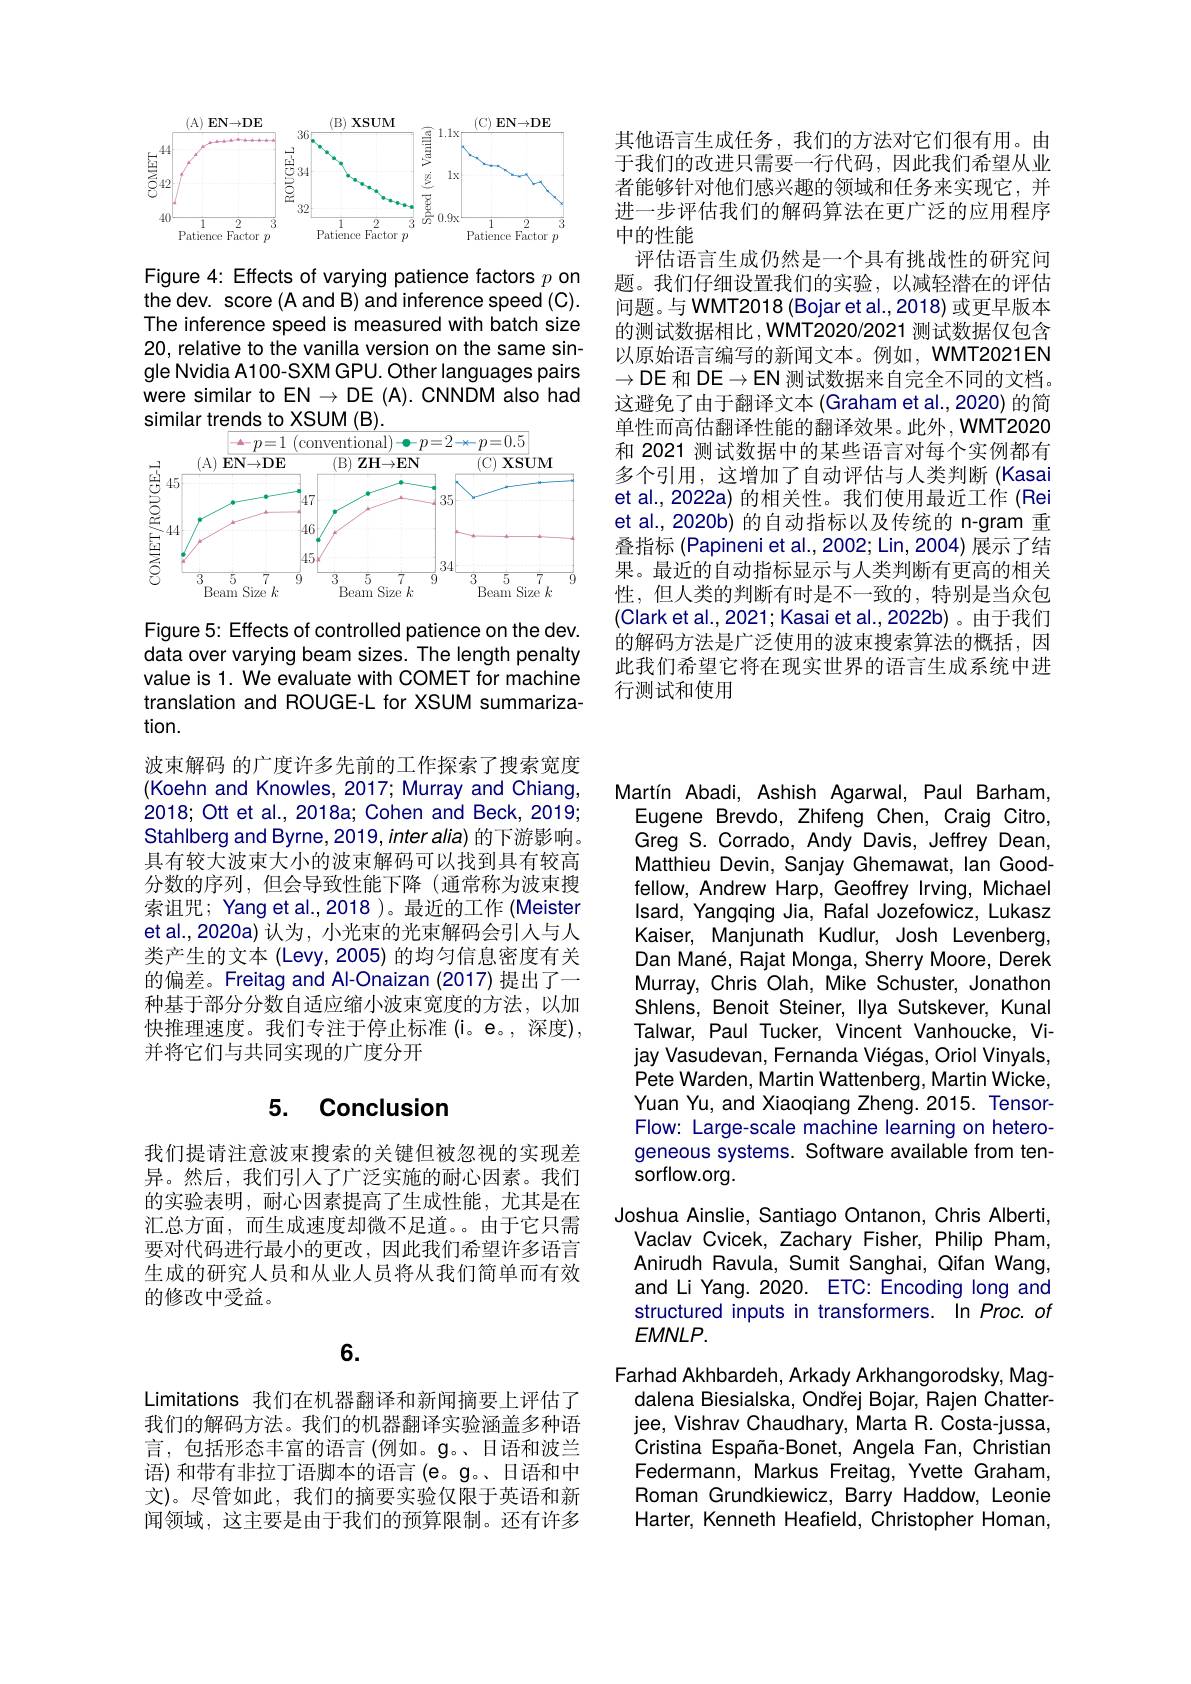
其他语言生成任务，我们的方法对它们很有用。由于我们的改进只需要一行代码，因此我们希望从业者能够针对他们感兴趣的领域和任务来实现它，并进一步评估我们的解码算法在更广泛的应用程序中的性能
评估语言生成仍然是一个具有挑战性的研究问题。我们仔细设置我们的实验，以减轻潜在的评估问题。与 WMT2018 (Bojar et al.,2018) 或更早版本的测试数据相比，WMT2020/2021 测试数据仅包含以原始语言编写的新闻文本。例如，WMT2021EN $\to$DE 和 DE$\to$EN 测试数据来自完全不同的文档。这避免了由于翻译文本 (Graham et al.,2020) 的简单性而高估翻译性能的翻译效果。此外，WMT2020和 2021 测试数据中的某些语言对每个实例都有多个引用，这增加了自动评估与人类判断(Kasai et al., 2022a) 的相关性。我们使用最近工作 (Rei et al.,2020b) 的自动指标以及传统的 n-gram 重叠指标 (Papineni et al., 2002; Lin, 2004) 展示了结果。最近的自动指标显示与人类判断有更高的相关性，但人类的判断有时是不一致的，特别是当众包(Clark et al., 2021; Kasai et al., 2022b)。由于我们的解码方法是广泛使用的波束搜索算法的概括，因此我们希望它将在现实世界的语言生成系统中进行测试和使用

<FigureHere>

Figure 4: Effects of varying patience factors $p$ on the dev. score (A and B) and inference speed (C). The inference speed is measured with batch size 20, relative to the vanilla version on the same single Nvidia A100-SXM GPU. Other languages pairs were similar to EN $\to$DE (A). CNNDM also had similar trends to XSUM (B)

<FigureHere>

Figure 5: Effects of controlled patience on the dev. data over varying beam sizes. The length penalty value is 1. We evaluate with COMET for machine translation and ROUGE-L for XSUM summarization.
波束解码 的广度许多先前的工作探索了搜索宽度(Koehn and Knowles, 2017; Murray and Chiang, 2018; Ott et al., 2018a; Cohen and Beck, 2019; Stahlberg and Byrne, 2019, inter alia) 的下游影响。具有较大波束大小的波束解码可以找到具有较高分数的序列，但会导致性能下降(通常称为波束搜索诅咒；Yang et al.,2018 )。最近的工作 (Meister et al.,2020a)认为，小光束的光束解码会引人与人类产生的文本(Levy,2005) 的均匀信息密度有关的偏差。Freitag and Al-Onaizan (2017) 提出了一种基于部分分数自适应缩小波束宽度的方法，以加快推理速度。我们专注于停止标准 (i。e。,深度), 并将它们与共同实现的广度分开

### 5. Conclusion

我们提请注意波束搜索的关键但被忽视的实现差异。然后，我们引人了广泛实施的耐心因素。我们的实验表明，耐心因素提高了生成性能，尤其是在汇总方面，而生成速度却微不足道。由于它只需要对代码进行最小的更改，因此我们希望许多语言生成的研究人员和从业人员将从我们简单而有效的修改中受益。

## 6.

Limitations 我们在机器翻译和新闻摘要上评估了我们的解码方法。我们的机器翻译实验涵盖多种语言，包括形态丰富的语言(例如。g。、日语和波兰语)和带有非拉丁语脚本的语言(e。g。、日语和中文)。尽管如此，我们的摘要实验仅限于英语和新闻领域，这主要是由于我们的预算限制。还有许多

Martín Abadi, Ashish Agarwal, Paul Barham, Eugene Brevdo, Zhifeng Chen, Craig Citro, Greg S. Corrado, Andy Davis, Jeffrey Dean, Matthieu Devin, Sanjay Ghemawat, lan Goodfellow, Andrew Harp, Geoffrey Irving, Michael Isard, Yangqing Jia, Rafal Jozefowicz, Lukasz Kaiser, Manjunath Kudlur, Josh Levenberg, Dan Mané, Rajat Monga, Sherry Moore, Derek Murray, Chris Olah, Mike Schuster, Jonathon Shlens, Benoit Steiner, Ilya Sutskever, Kunal Talwar, Paul Tucker, Vincent Vanhoucke, Vijay Vasudevan, Fernanda Viégas, Oriol Vinyals, Pete Warden, Martin Wattenberg, Martin Wicke, Yuan Yu, and Xiaoqiang Zheng. 2015. TensorFlow: Large-scale machine learning on heterogeneous systems. Software available from tensorflow.org.
Joshua Ainslie, Santiago Ontanon, Chris Alberti,
Vaclav Cvicek, Zachary Fisher, Philip Pham, Anirudh Ravula, Sumit Sanghai, Qifan Wang, and Li Yang. 2020. ETC: Encoding long and structured inputs in transformers. In Proc. of $EMNLP.$
Farhad Akhbardeh, Arkady Arkhangorodsky, Mag-
dalena Biesialska, Ondrej Bojar, Rajen Chatterjee, Vishrav Chaudhary, Marta R. Costa-jussa, Cristina España-Bonet, Angela Fan, Christian Federmann, Markus Freitag, Yvette Graham, Roman Grundkiewicz, Barry Haddow, Leonie Harter, Kenneth Heafield, Christopher Homan,